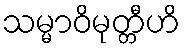
သမ္မာဝိမုတ္တီဟိ